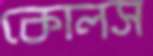
কোলস